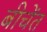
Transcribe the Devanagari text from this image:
बीचेंत